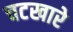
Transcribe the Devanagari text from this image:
चटखारे